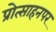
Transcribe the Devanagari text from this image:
प्रोत्साहनपर